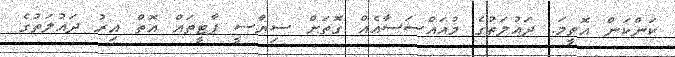
ކަންކަން އޮތީމަ. ދައުލަތުގެ މުއައްސަސާއެއް ގޮތަށް ސިޔާސީ ޕާޓީތައް އޮތް އިރު ދައުލަތުގެ